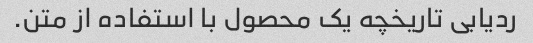
ردیابی تاریخچه یک محصول با استفاده از متن.